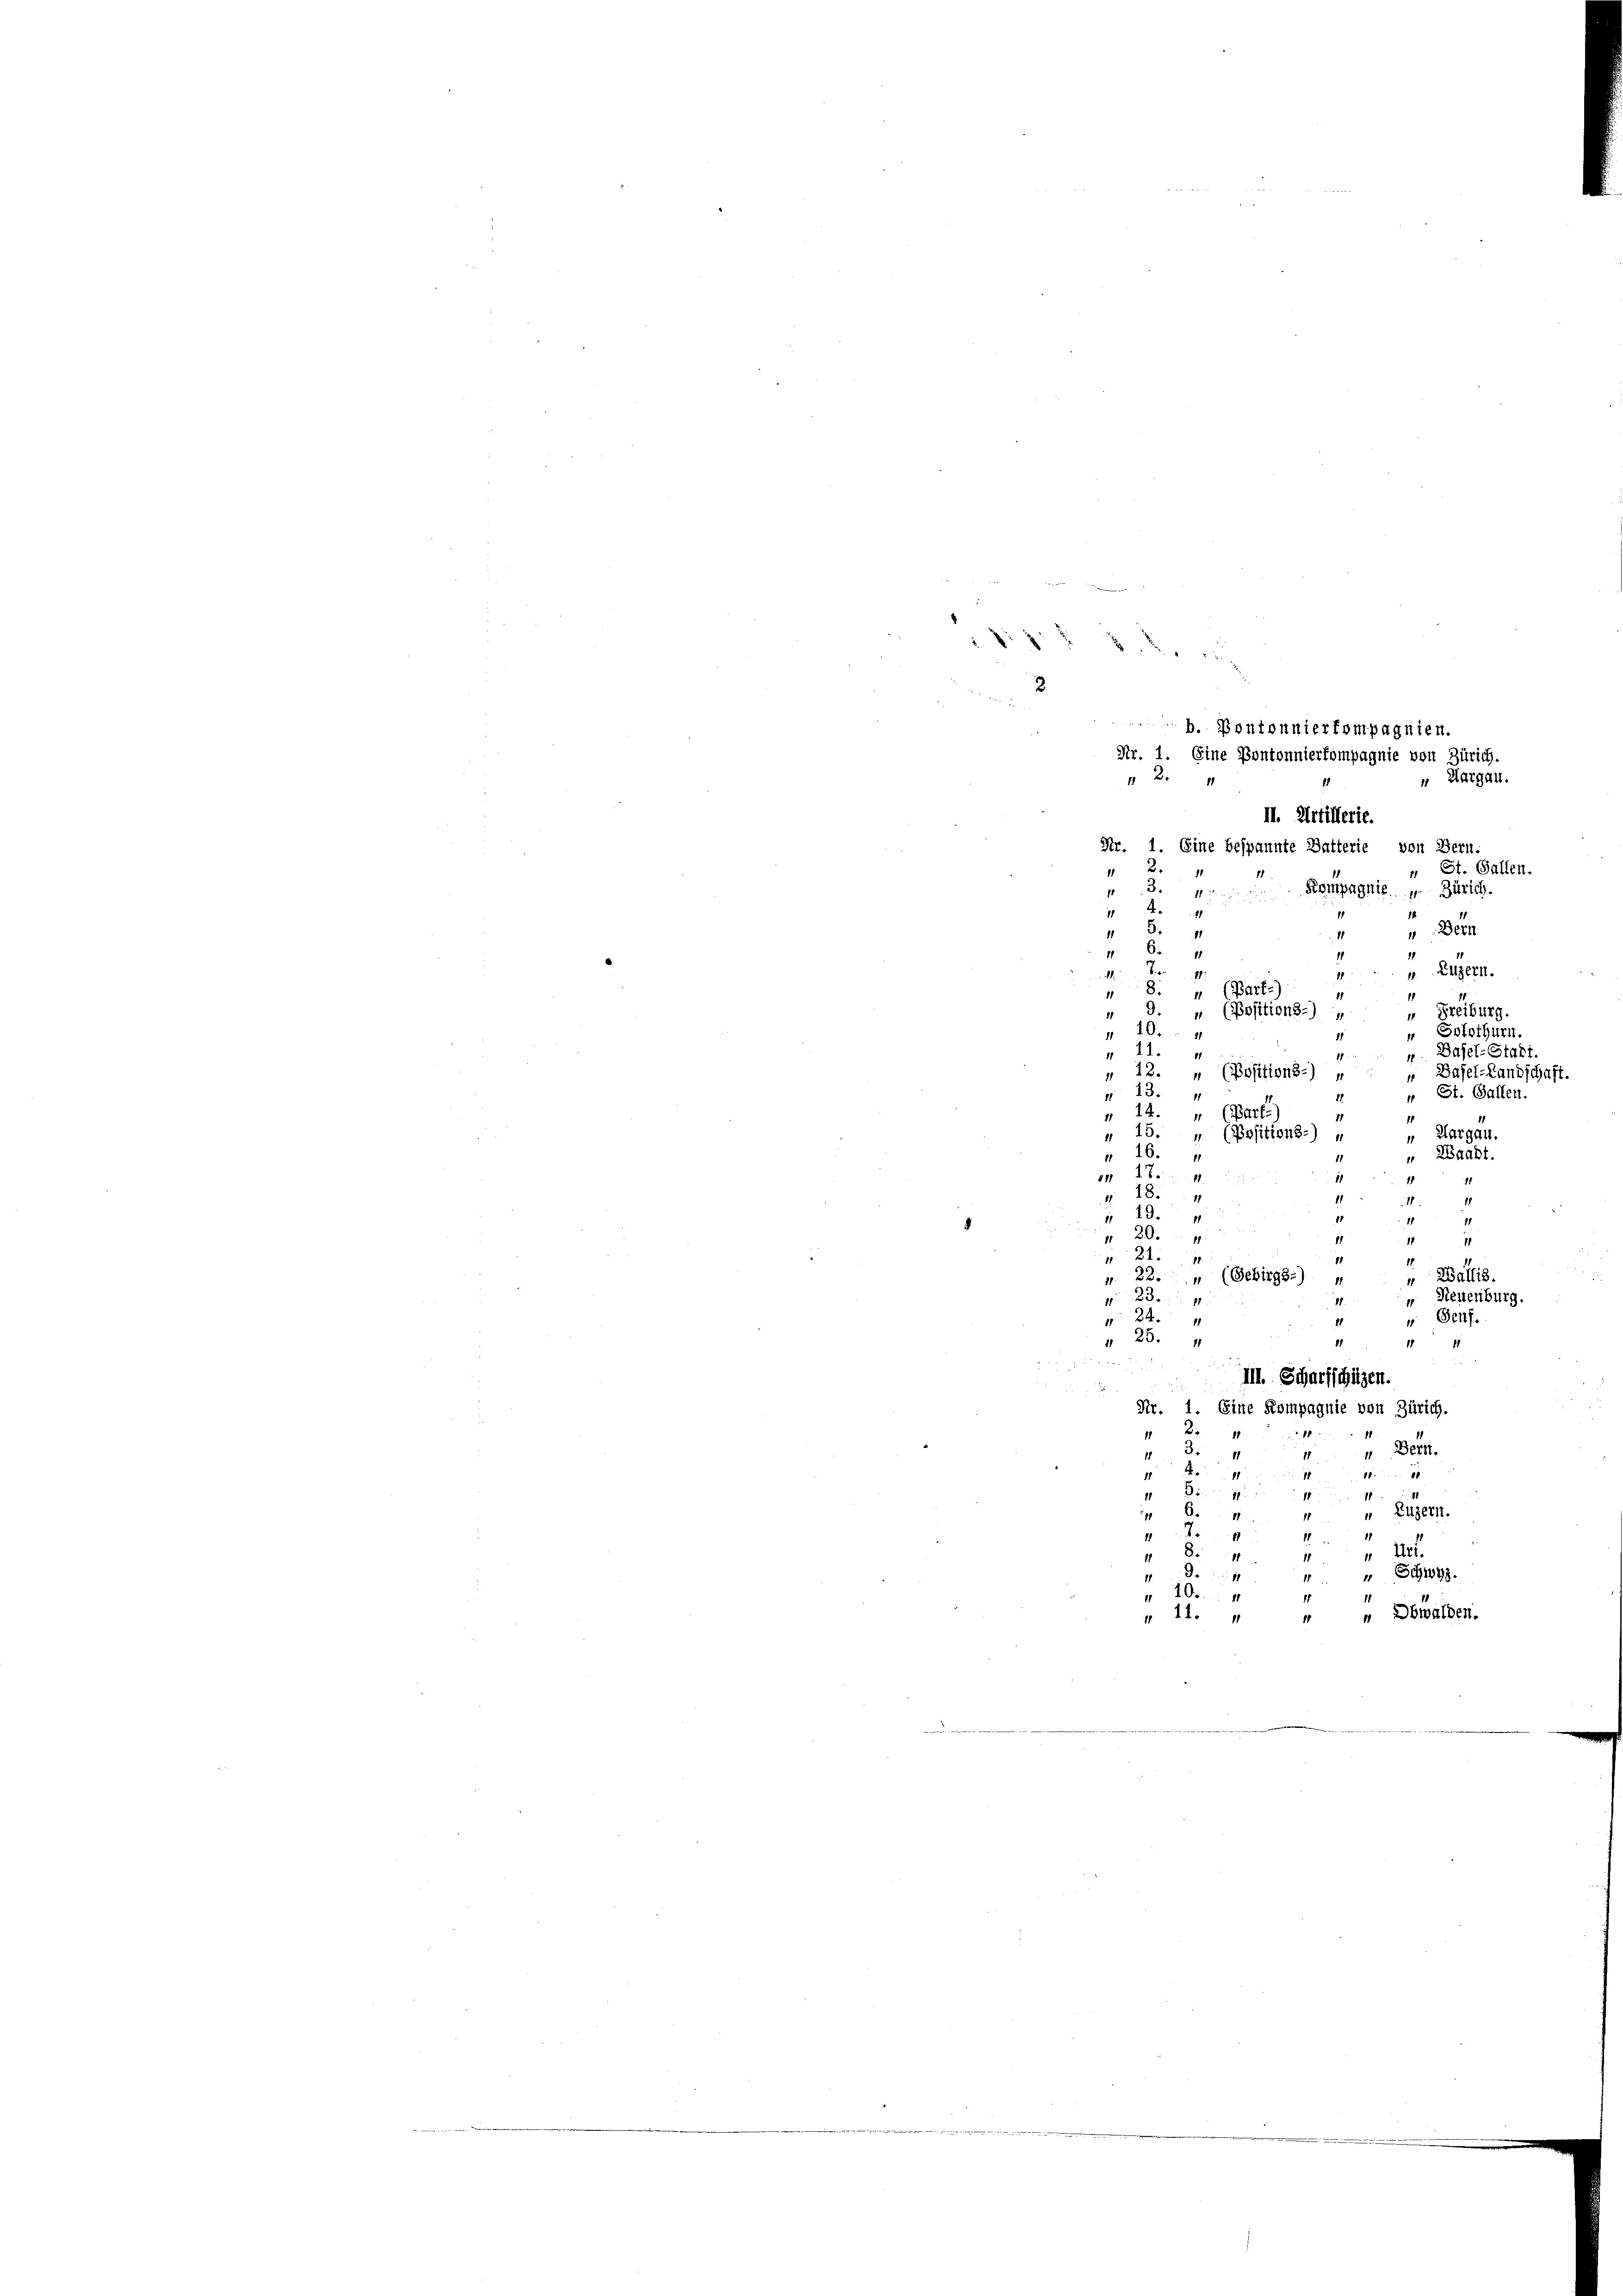
“ St. Gallen.
11
"1
Kompagnie u. Zürich.
73. Dein un
1
1
Bern
 8.
1
6. 11
11

v.Eitzern.
e
 (Bart)
g
11
" Freiburg.
 9. „ (Positions.) „
10.
" Solothurn.
1
 11.
v. Basel-Stadt
 12. „ (Positions-) „
Basel-Landschaft.
N 13.
" St. Gallen.
n 14. „ (Bart
" 15. „ (Positions-) 4
 Aargau.
" 16.
" Waadt.
9 B
1
11
 184
1
1
 19. 4
.
11
1
 20.
11
111
21
" Wallis.
N 22. " (Gebirgs.) „
“ Neuenburg.
234
1.
 844
" Genf.
 25. 4
11
1111
III. Scharfschützen.

5
Nr. 1. Eine Kompagnie von Zürich.
2
“ Bern.
 3. 4
1
44
1
 r. 17
1
6. 41
4 “ Luzern.
4
“ Art.
 84
11
1
" Schwyz
10
„ 11. " " " Obwalden.

p
.
b. Pontonnierkompagnien.
Nr. 1. Eine Pontonnierkompagnie von Zürich.
2:
 Aargau.
II. Artillerie.
Nr. 1. Eine bespannte Batterie, von Bern.